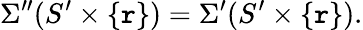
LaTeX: \Sigma^{\prime\prime}(S^{\prime}\times\{ \mathtt{r}\} )=\Sigma^{\prime}(S^{\prime}\times\{ \mathtt{r}\} ).